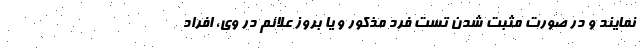
نمایند و در صورت مثبت شدن تست فرد مذکور و یا بروز علائم در وی، افراد